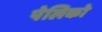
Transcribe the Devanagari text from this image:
पेलिको